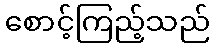
စောင့်ကြည့်သည်